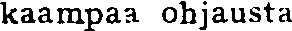
kaampaa ohjausta